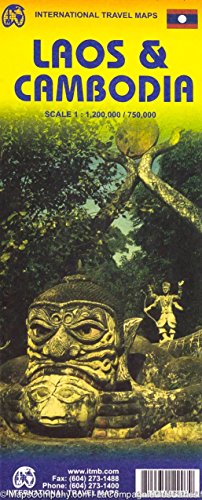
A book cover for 1. Cambodia & Laos Travel Reference Map 2015; ITMB Publishing LTD; Travel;